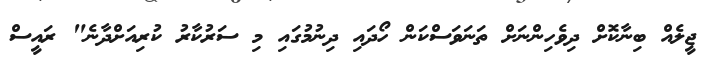
ޖީލެއް ބިނާކޮށް ދިވެހިންނަށް ތަނަވަސްކަން ހޯދައި ދިނުމުގައި މި ސަރުކާރު ކުރިއަށްދާނެ" ރައީސް